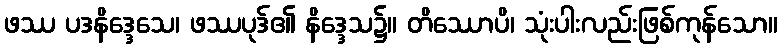
ဖဿ ပဒနိဒ္ဒေသေ၊ ဖဿပုဒ်၏ နိဒ္ဒေသ၌။ တိဿောပိ၊ သုံးပါးလည်းဖြစ်ကုန်သော။